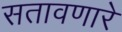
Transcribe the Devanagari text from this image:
सतावणारे